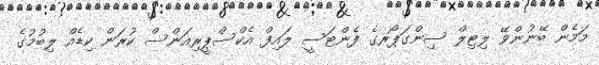
މަމެން ބޭނުންވޭ ލިޓިލް ސިންގަޕޯރގެ ފެންޓަސީ ލައިފް އެކްސްޕީރިއަންސް ކުރަން ކިޑެއް ލިބުމުގެ